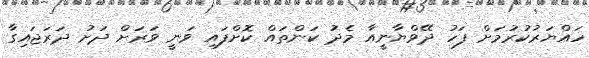
ހައްޔަރުކުރުމަށް ފަހު ދޭވްޔާނީއާ މެދު ކަންތައް ކޮށްފައި ވަނީ ވަރަށް ދަށު ދަރަޖައިގާ